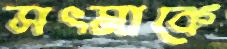
সৎমাকে